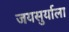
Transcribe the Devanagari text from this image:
जयसुर्याला